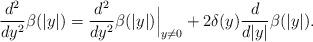
LaTeX: \begin{align*}\frac{d^2}{dy^2}\beta(|y|)=\frac{d^2}{dy^2}\beta(|y|)\Big|_{y\ne 0}+2\delta(y)\frac{d}{d|y|}\beta(|y|).\end{align*}